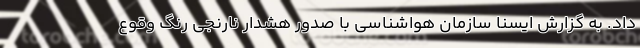
داد. به گزارش ایسنا سازمان هواشناسی با صدور هشدار نارنجی رنگ وقوع